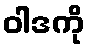
ဝါဒကို